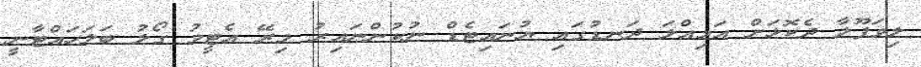
ލިވަޕޫލާ ދެކޮޅަށް އަމިއްލަ ދަނޑުގައި ޔުނައިޓެޑް ނުކުންނައިރު މިރޭ އެޓީމު ގޯލު ބަލަހައްޓާނީ